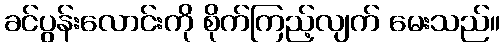
ခင်ပွန်းလောင်းကို စိုက်ကြည့်လျက် မေးသည်။